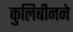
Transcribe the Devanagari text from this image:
कुलिबीनने